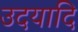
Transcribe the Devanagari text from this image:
उदयादि